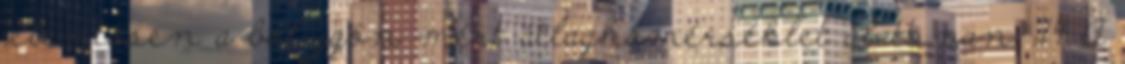
jelentősen a bolygón mért átlaghőmérséklet alatt van. 14 A